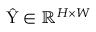
\hat { \mathrm { Y } } \in \mathbb { R } ^ { H \times W }